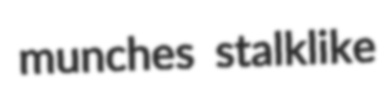
munches stalklike